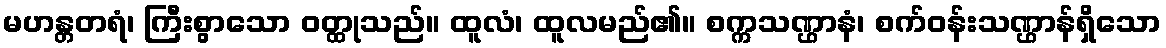
မဟန္တတရံ၊ ကြီးစွာသော ဝတ္ထုသည်။ ထူလံ၊ ထူလမည်၏။ စက္ကသဏ္ဌာနံ၊ စက်ဝန်းသဏ္ဌာန်ရှိသော